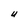
Character: U